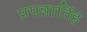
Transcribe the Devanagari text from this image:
प्रपन्नार्तिहं